38_143685_box7_Incident_Summaries_1-100
Agency: Department of War
Page 9
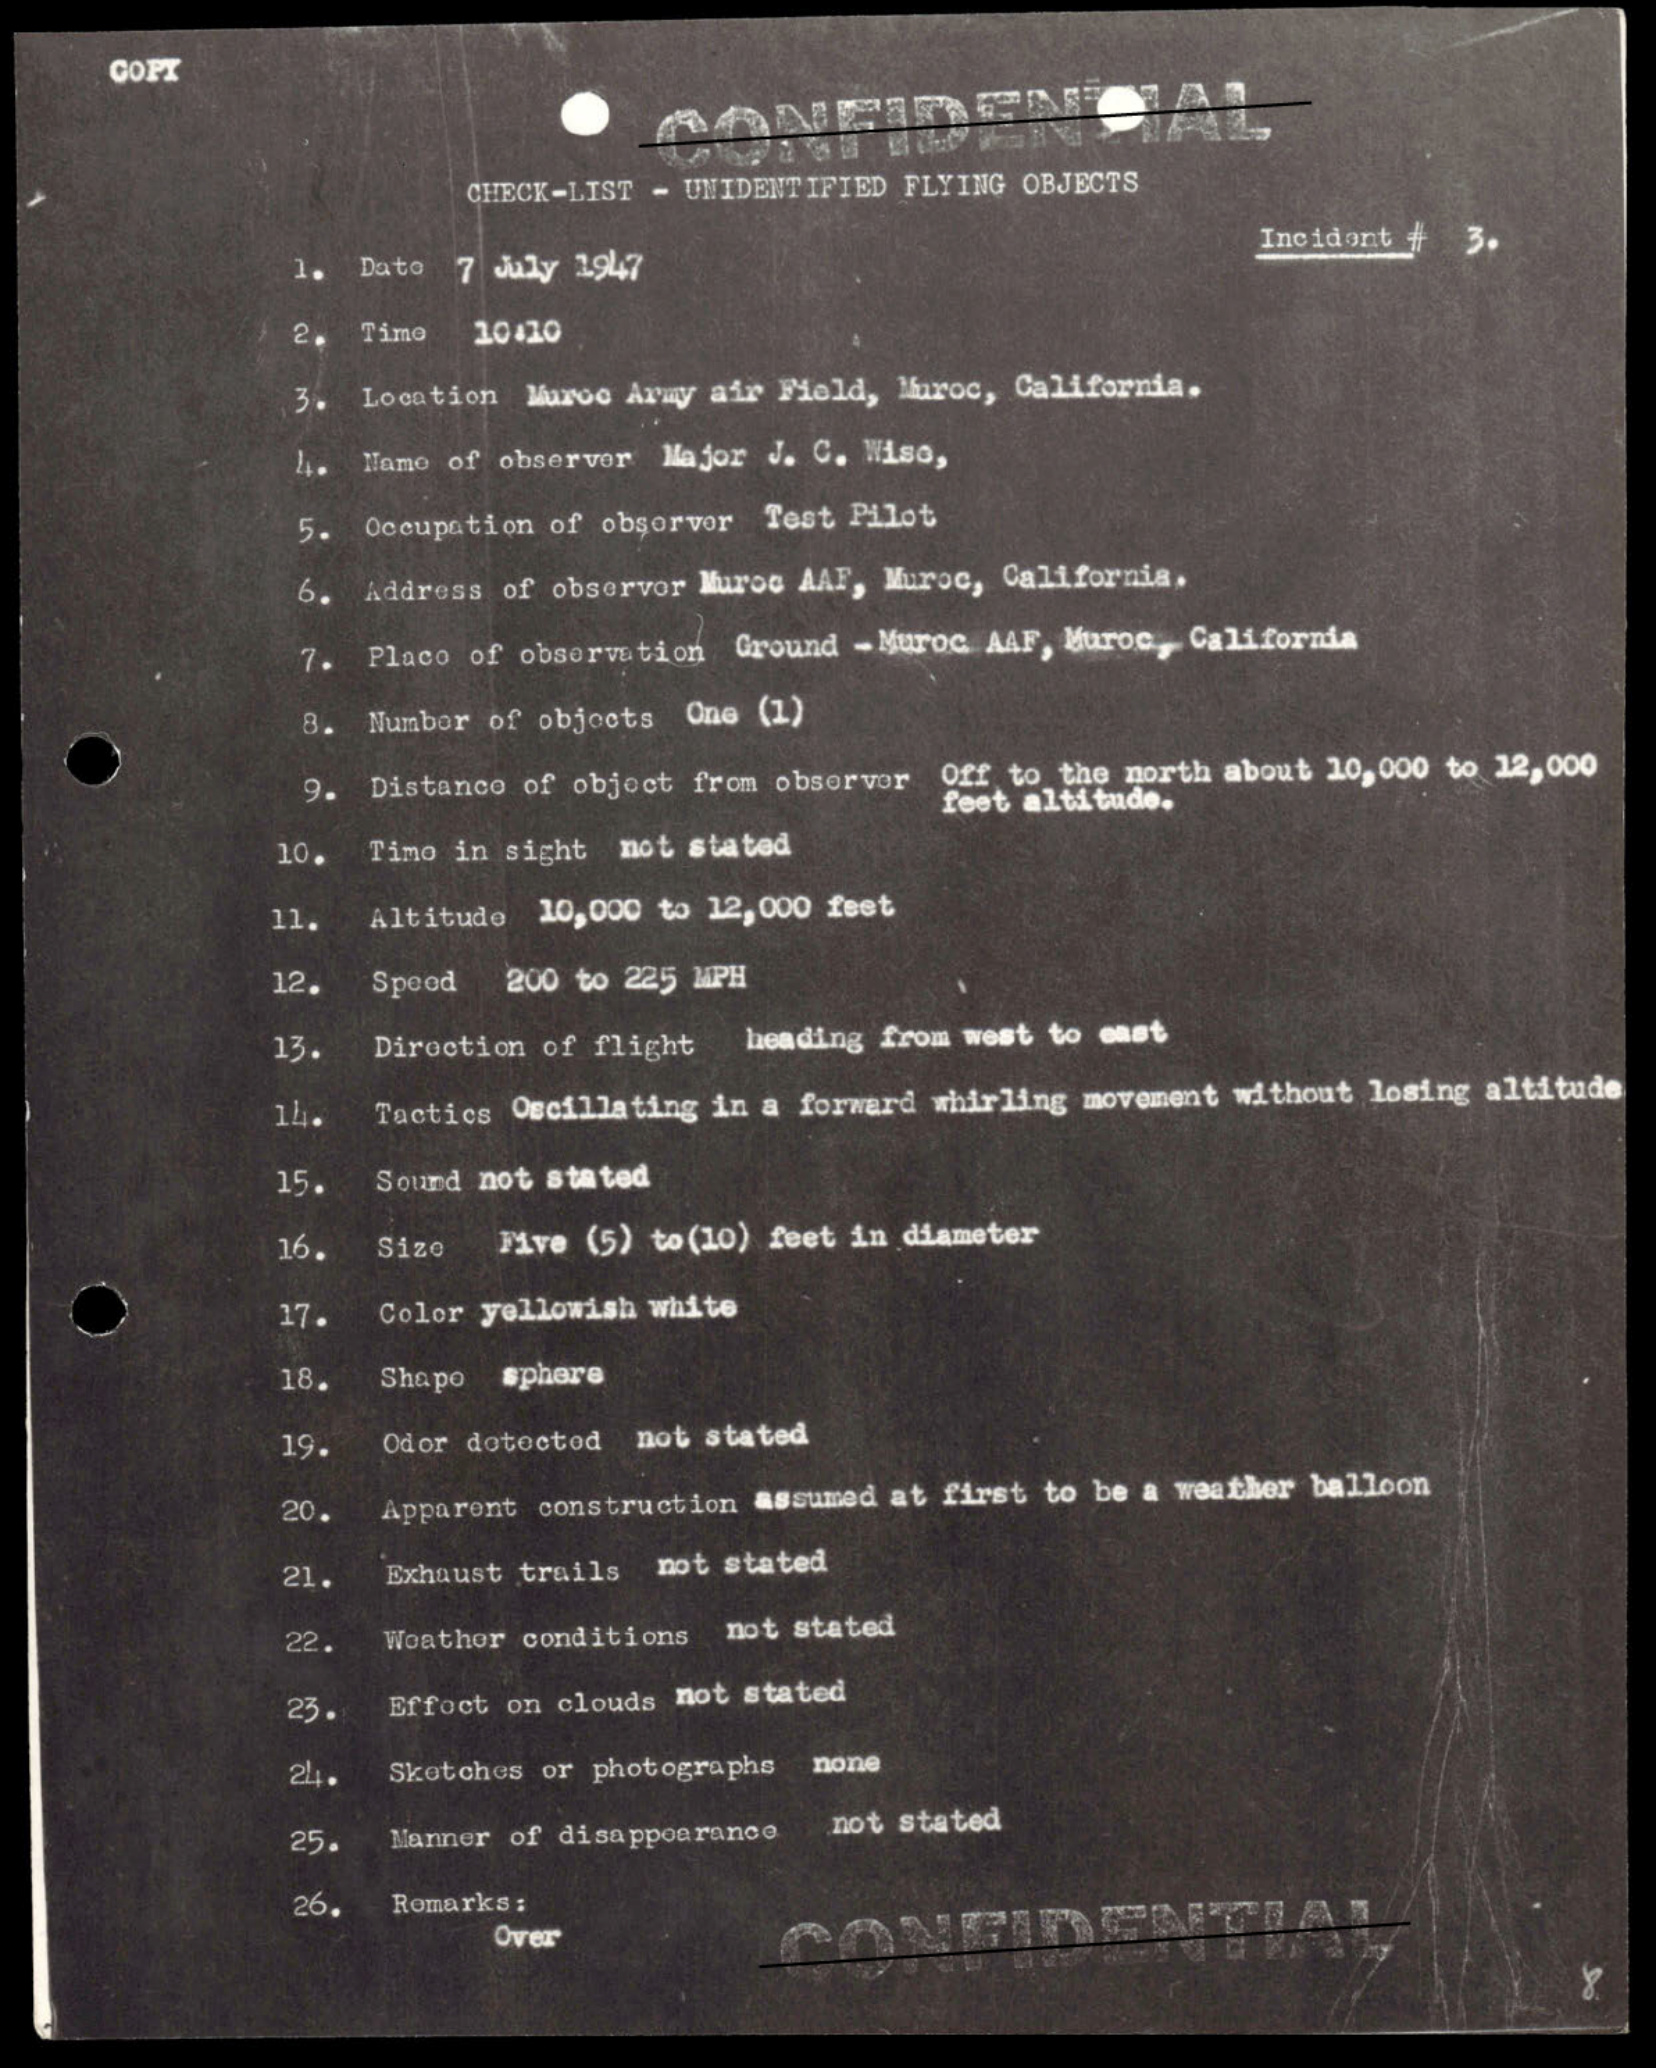